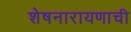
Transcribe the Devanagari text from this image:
शेषनारायणाची